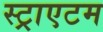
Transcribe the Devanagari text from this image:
स्ट्राएटम